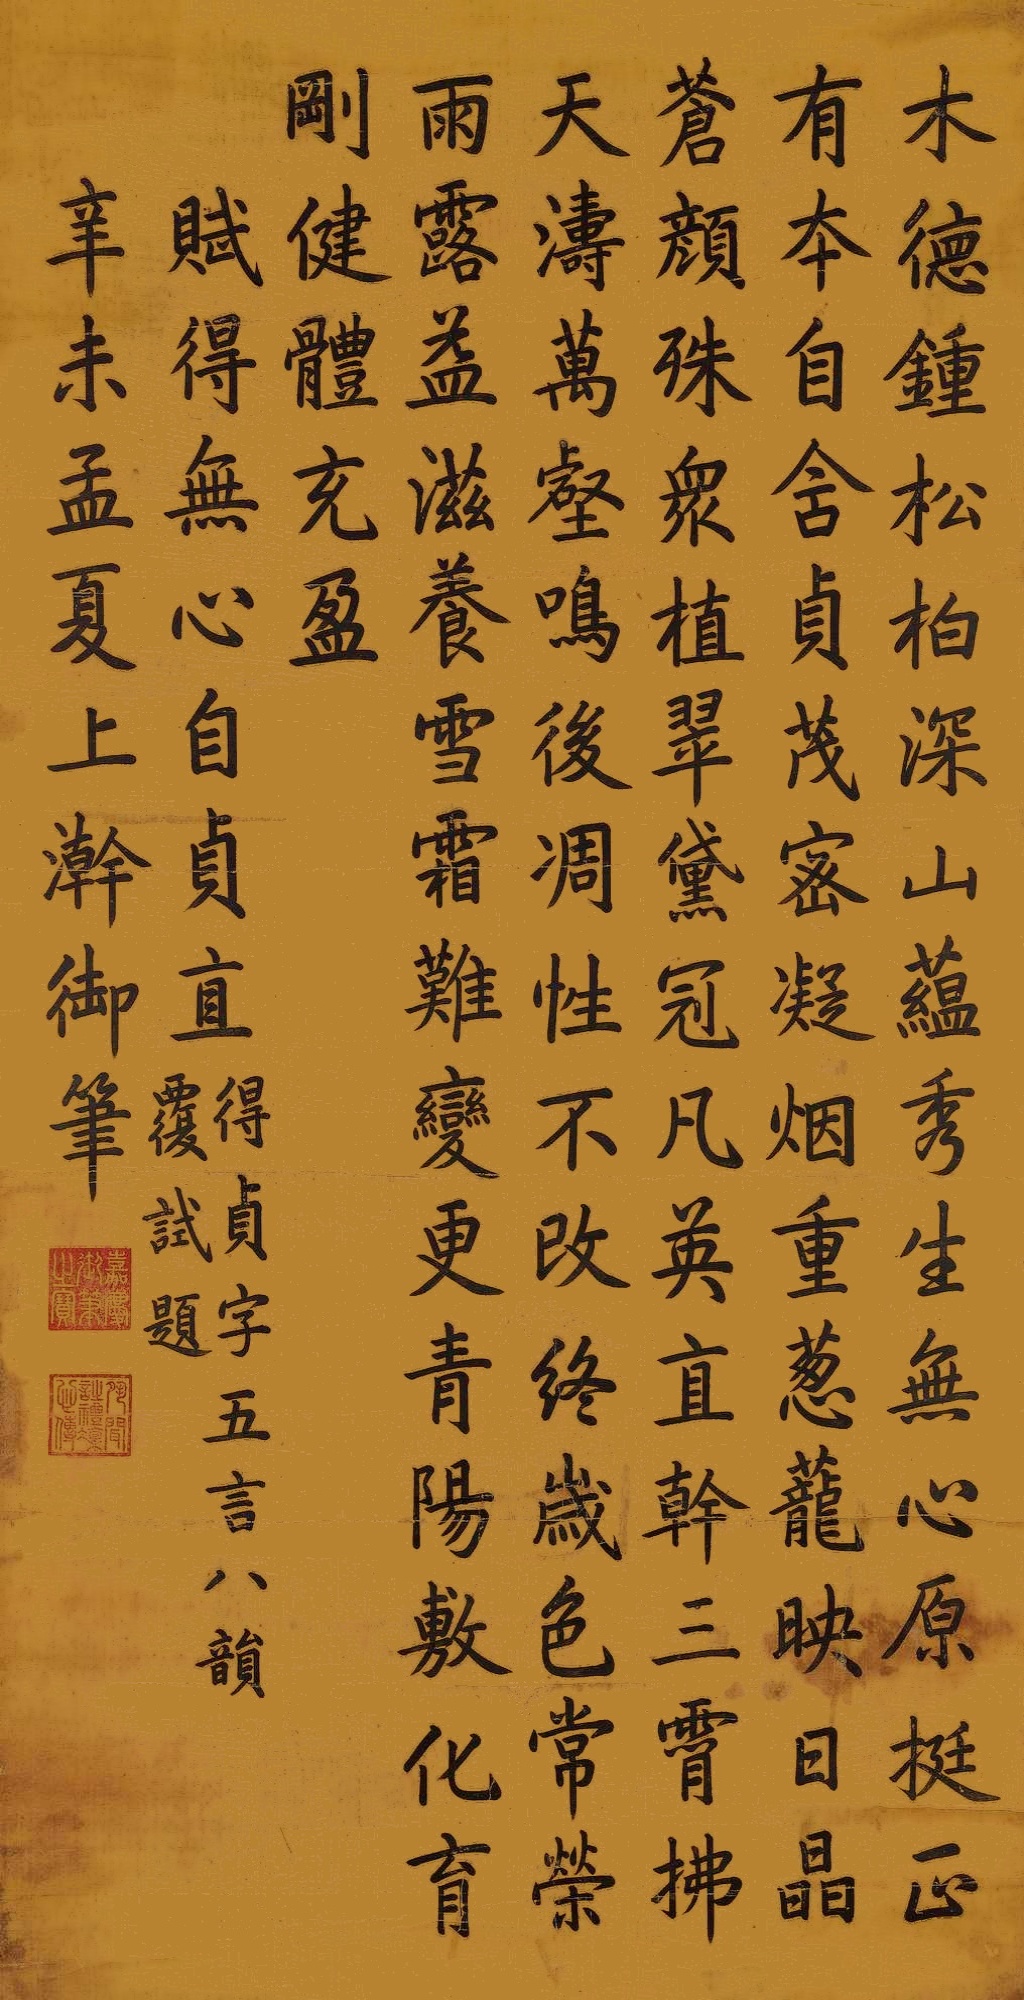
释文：木德钟松柏，深山蕴秀生。无心原挺正，有本自含贞。茂密凝烟重，葱茏映日晶。苍颜殊众植，翠黛冠凡英。直干三霄拂，天涛万壑鸣。后凋性不改，终岁色常荣。雨露益滋养，雪霜难变更。青阳敷化育，刚健体充盈。赋得无心自贞直。得贞字五言八韵覆试题。辛未孟夏上浣，御笔。